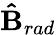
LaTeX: \mathbf{\hat{B}}_{rad}